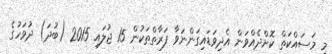
މި މަސައްކަތް ކޮށްދެއްވަން އެދިވަޑައިގަންނަވާ ފަރާތްތަކުން 15 ޖުލައި 2015 (ބުދަ) ދުވަހުގެ